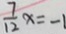
\frac { 7 } { 1 2 } x = - 1